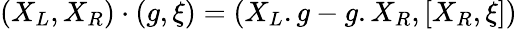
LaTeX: (X_{L},X_{R})\cdot(g,\xi)=(X_{L}.g-g.X_{R},[X_{R},\xi])